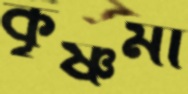
কৃষ্ণমা